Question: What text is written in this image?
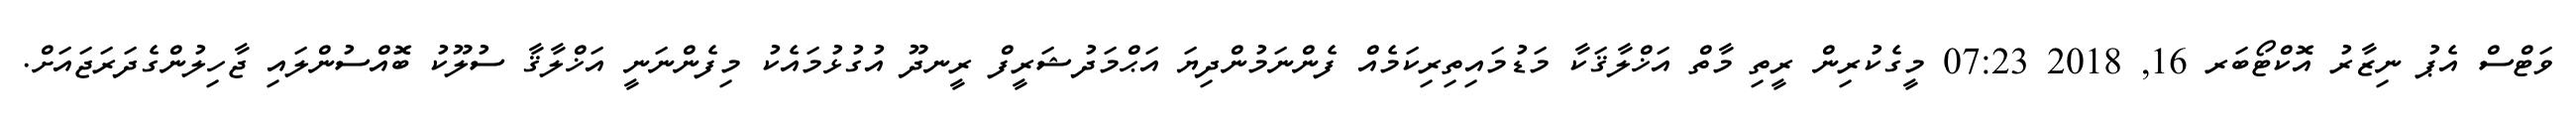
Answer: ވަޓްސް އެޕު ނިޒާރު އޮކްޓޯބަރ 16, 2018 07:23 މީގެކުރިން ރީތި މާތް އަޚްލާޤަކާ މަޑުމައިތިރިކަމެއް ފެންނަމުންދިޔަ އަޙްމަދުޝަރީފް ރީނދޫ އުގުޅުމައެކު މިފެންނަނީ އަޚްލާޤާ ސުލޫކު ބޮއްސުންލައި ޖާހިލުންގެދަރަޖައަށް.